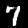
Digit: 7